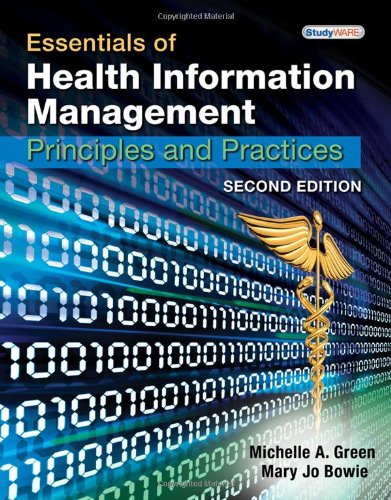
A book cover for Essentials of Health Information Management: Principles and Practices, 2nd Edition; Michelle A. Green; Medical Books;